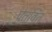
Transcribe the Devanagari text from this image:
चेतवित